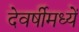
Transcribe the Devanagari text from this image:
देवर्षीमध्यें